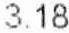
3.18